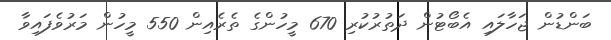
ބަންޑުން ޖަހާލައި އެބޯޓުން ދަތުރުކުރި 670 މީހުންގެ ތެރެއިން 550 މީހުން މަރުވެފައިވާ